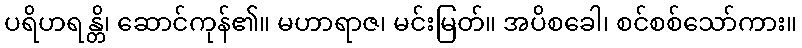
ပရိဟရန္တိ၊ ဆောင်ကုန်၏။ မဟာရာဇ၊ မင်းမြတ်။ အပိစခေါ၊ စင်စစ်သော်ကား။